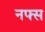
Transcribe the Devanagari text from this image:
नफ्स